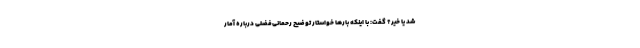
شد یا خیر؟ گفت: با اینکه بارها خواستار توضیح رحمانی‌فضلی درباره آمار